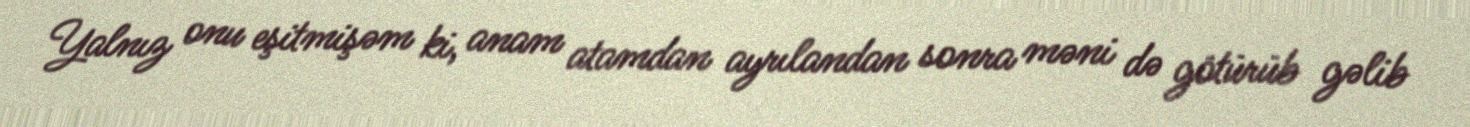
Yalnız onu eşitmişəm ki, anam atamdan ayrılandan sonra məni də götürüb gəlib